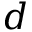
d